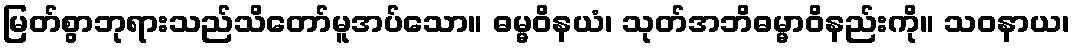
မြတ်စွာဘုရားသည်သိတော်မူအပ်သော။ ဓမ္မဝိနယံ၊ သုတ်အဘိဓမ္မာဝိနည်းကို။ သဝနာယ၊